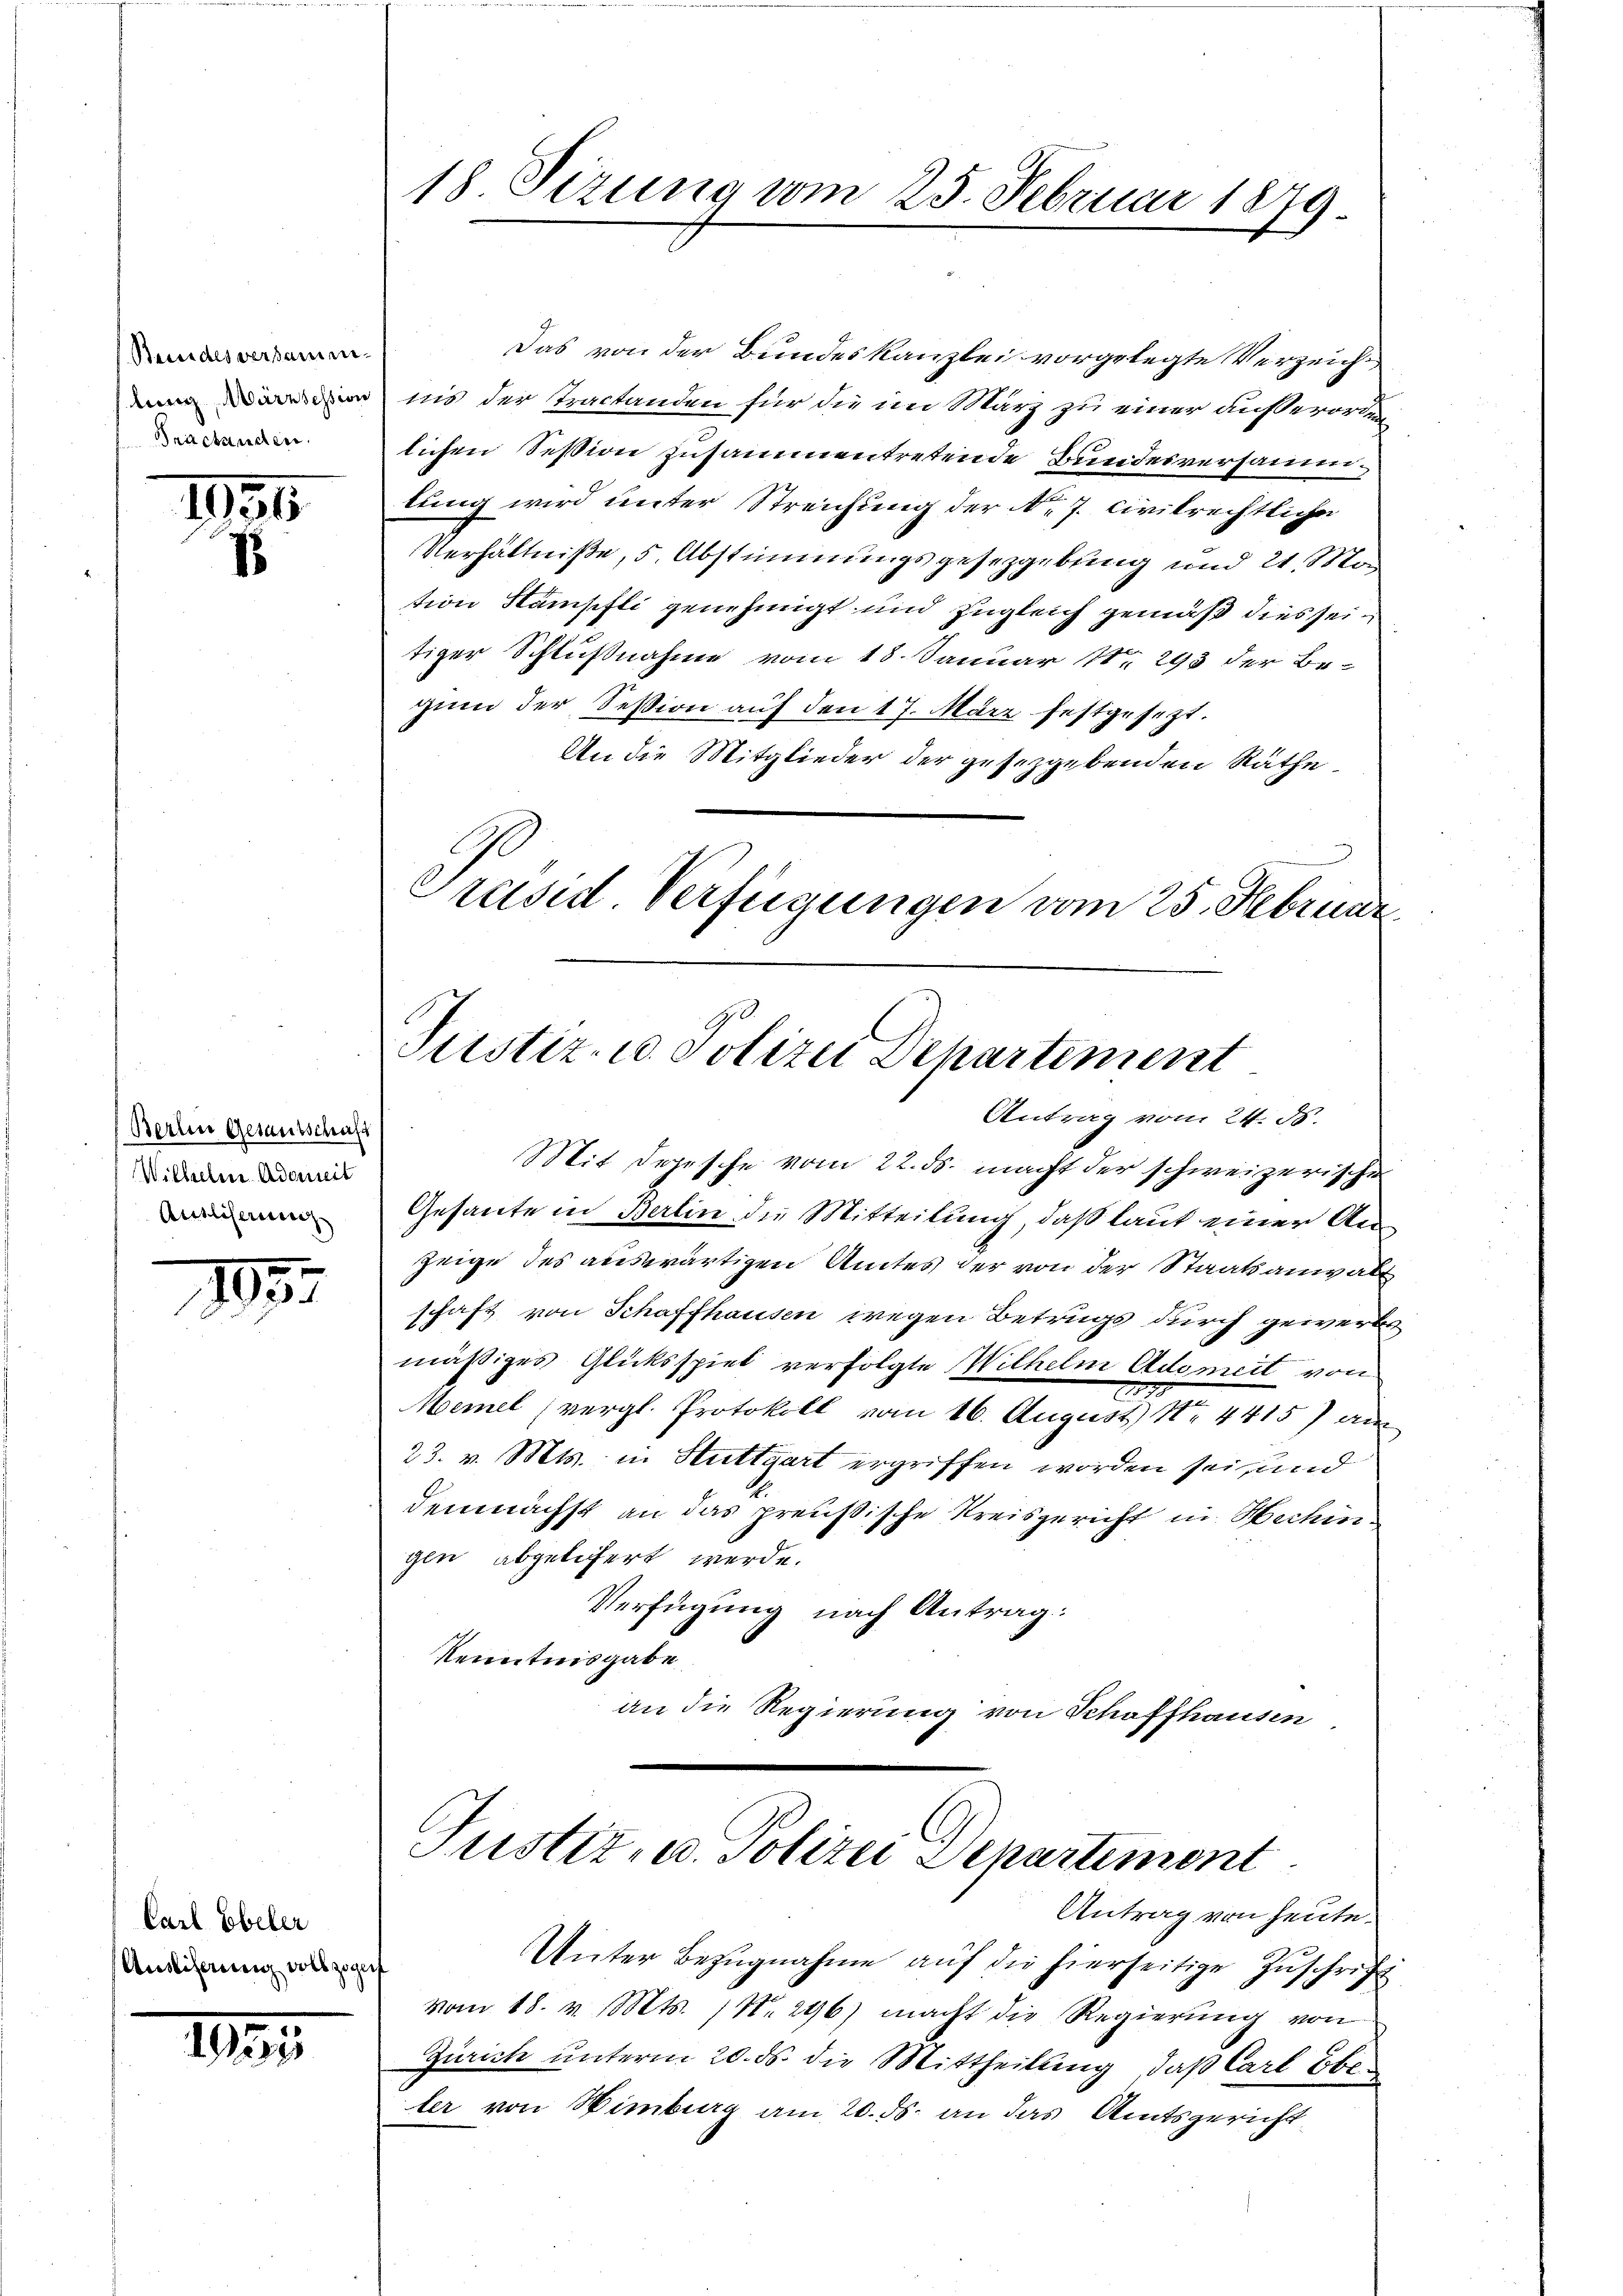
Bundes versamm¬
Prischenden.

1931

Berlin Gesantschaft
Wilhelm Adamit
Ausliserung

103.

Carl Ebeler
Auslicherung vollzoge

18

18. Sizung vom 25. Februar 1879

Das von der Bundeskanzlei vorgelegte Verzeich¬
 ins der Tractanden für die im März zu einer außerordn
lichen Session zusammentretende Bundesversammlung wird unter Streichung der N. 7. Civilrechtlicher
Verhältniße, 5. Abstimmungsgesetzgebung und 21. Mo
tion Stämpfli genehmigt und zugleich gemäß dies seitiger Schlußnahme vom 18. Januar 18. 293 der Be-
gien der Session auf den 17. März festgesezt.
An die Mitglieder der gesetzgebenden Räthe
Präsid Verfügungen vom 25. Februar

Justiz- u. Polizei Departement
Antrag vom 24. d.

Justiz- u. Polizei Departemont
Antrag von heute.

Mit Depesche vom 22. ds. macht der schweizerische
Gesante in Berlin die Mitteilung, daß laut einer Anzeige des auswärtigen Amtes der von der Staatsanwalt
schaft von Schaffhausen wegen Betrugs durch gewerbe
mäßiges Glücksspiel verfolgte Wilhelm Adomeit von
Memel (vergl. Protokoll vom 16. August No 4415) am
23. v. Mts. in Stuttgart ergriffen worden sei, und
demnächst an das preußische Kreisgericht in Hechingen abgeliert werde.
Verfügung nach Antrag:
Kenntnisgabe
an die Regierung von Schaffhausen.

Unter Bezŭgnahme aŭf die hierseitige Zŭschrift
vom 18. v. Mts. (Nr. 296) macht die Regierŭng von
Zürich unterm 20. ds. die Mittheilung, daß Carl Ebe
ler von Himburg am 20. ds. an das Amtsgericht